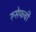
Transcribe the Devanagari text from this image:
रूसेफची